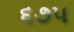
૬૭૫